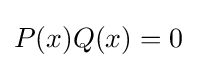
P(x)Q(x)=0